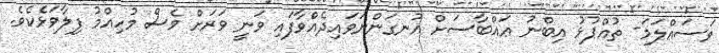
ވަސައްލަމަ- ތުއްޕުޅު އިބްނު ޢައްބާސަށް އުނގަންނަވައިދެއްވާފައި ވަނީ ވަރަށް ވެސް މުހިއްމު ފިލާވަޅެކެވެ.